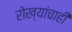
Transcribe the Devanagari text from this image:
रोख्यांचाही